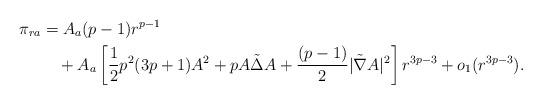
LaTeX: \begin{align*} \pi_{ra}&=A_a(p-1) r^{p-1}\\&\quad+ A_a\left[\frac{1}{2} p^2(3p+1) A^2+pA\tilde{\Delta}A+\frac{(p-1)}{2}|\tilde{\nabla} A|^2\right] r^{3p-3}+o_1(r^{3p-3}).\end{align*}